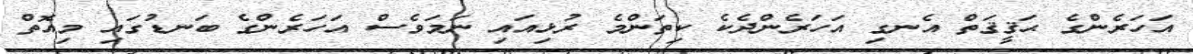
އަހަރެންގެ ޙަޤީޤަތް އެނގި އަހަރެންދެކެ ކިތަންމެ ރުޅިއައި ނަމަވެސް އަހަރެންގެ ބަނޑުގައި މިއޮތް